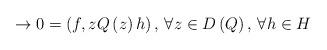
LaTeX: \begin{align*}\to 0=\left( f,zQ\left( z \right)h \right),\thinspace \forall z\in D\left( Q \right),\thinspace \forall h\in H\end{align*}